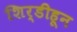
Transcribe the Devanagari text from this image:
शिर्डीहून